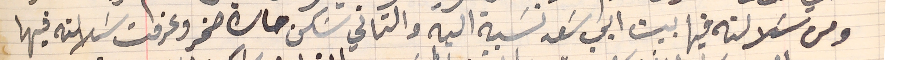
ومن سَلالته فيها بيت ابي سَعد نسَبة اليه والثاني سَكن حارة صخر وعرفت سَلالته فيها